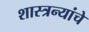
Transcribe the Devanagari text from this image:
शास्त्रन्यांचे